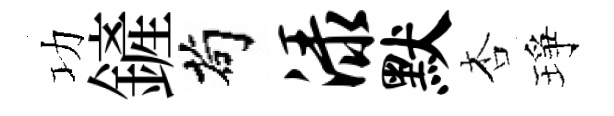
功鏟茍渌默杏琤